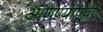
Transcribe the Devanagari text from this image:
आणण्यापूर्वी